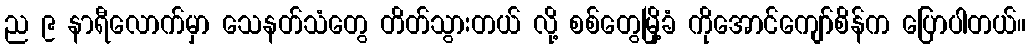
ည ၉ နာရီလောက်မှာ သေနတ်သံတွေ တိတ်သွားတယ် လို့ စစ်တွေမြို့ခံ ကိုအောင်ကျော်စိန်က ပြောပါတယ်။